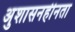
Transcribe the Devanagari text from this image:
अुशासनहीनता